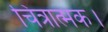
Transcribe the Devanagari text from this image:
चित्रात्मक।